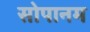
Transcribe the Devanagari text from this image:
सोपानम